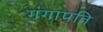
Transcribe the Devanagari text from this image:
गंगापति